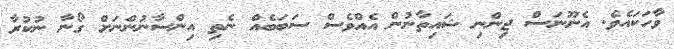
ވާހަކައެވެ. އެނޫނަސް ޖިންނި ޝައިތާނުން އެއްވެސް ސަބަބެއް ނެތި އިންސާނުންނަށް ގޯނާ ނުކުރާ